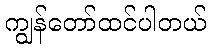
ကျွန်တော်ထင်ပါတယ်